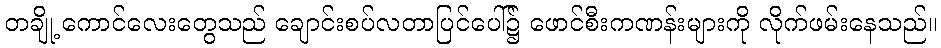
တချို့ ကောင်လေးတွေသည် ချောင်းစပ်လတာပြင်ပေါ်၌ ဖောင်စီးကဏန်းများကို လိုက်ဖမ်းနေသည်။